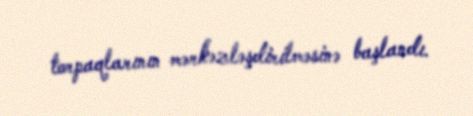
torpaqlarının mərkəzləşdirilməsinə başlandı.